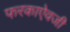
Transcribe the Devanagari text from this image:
फरकाऐवजी